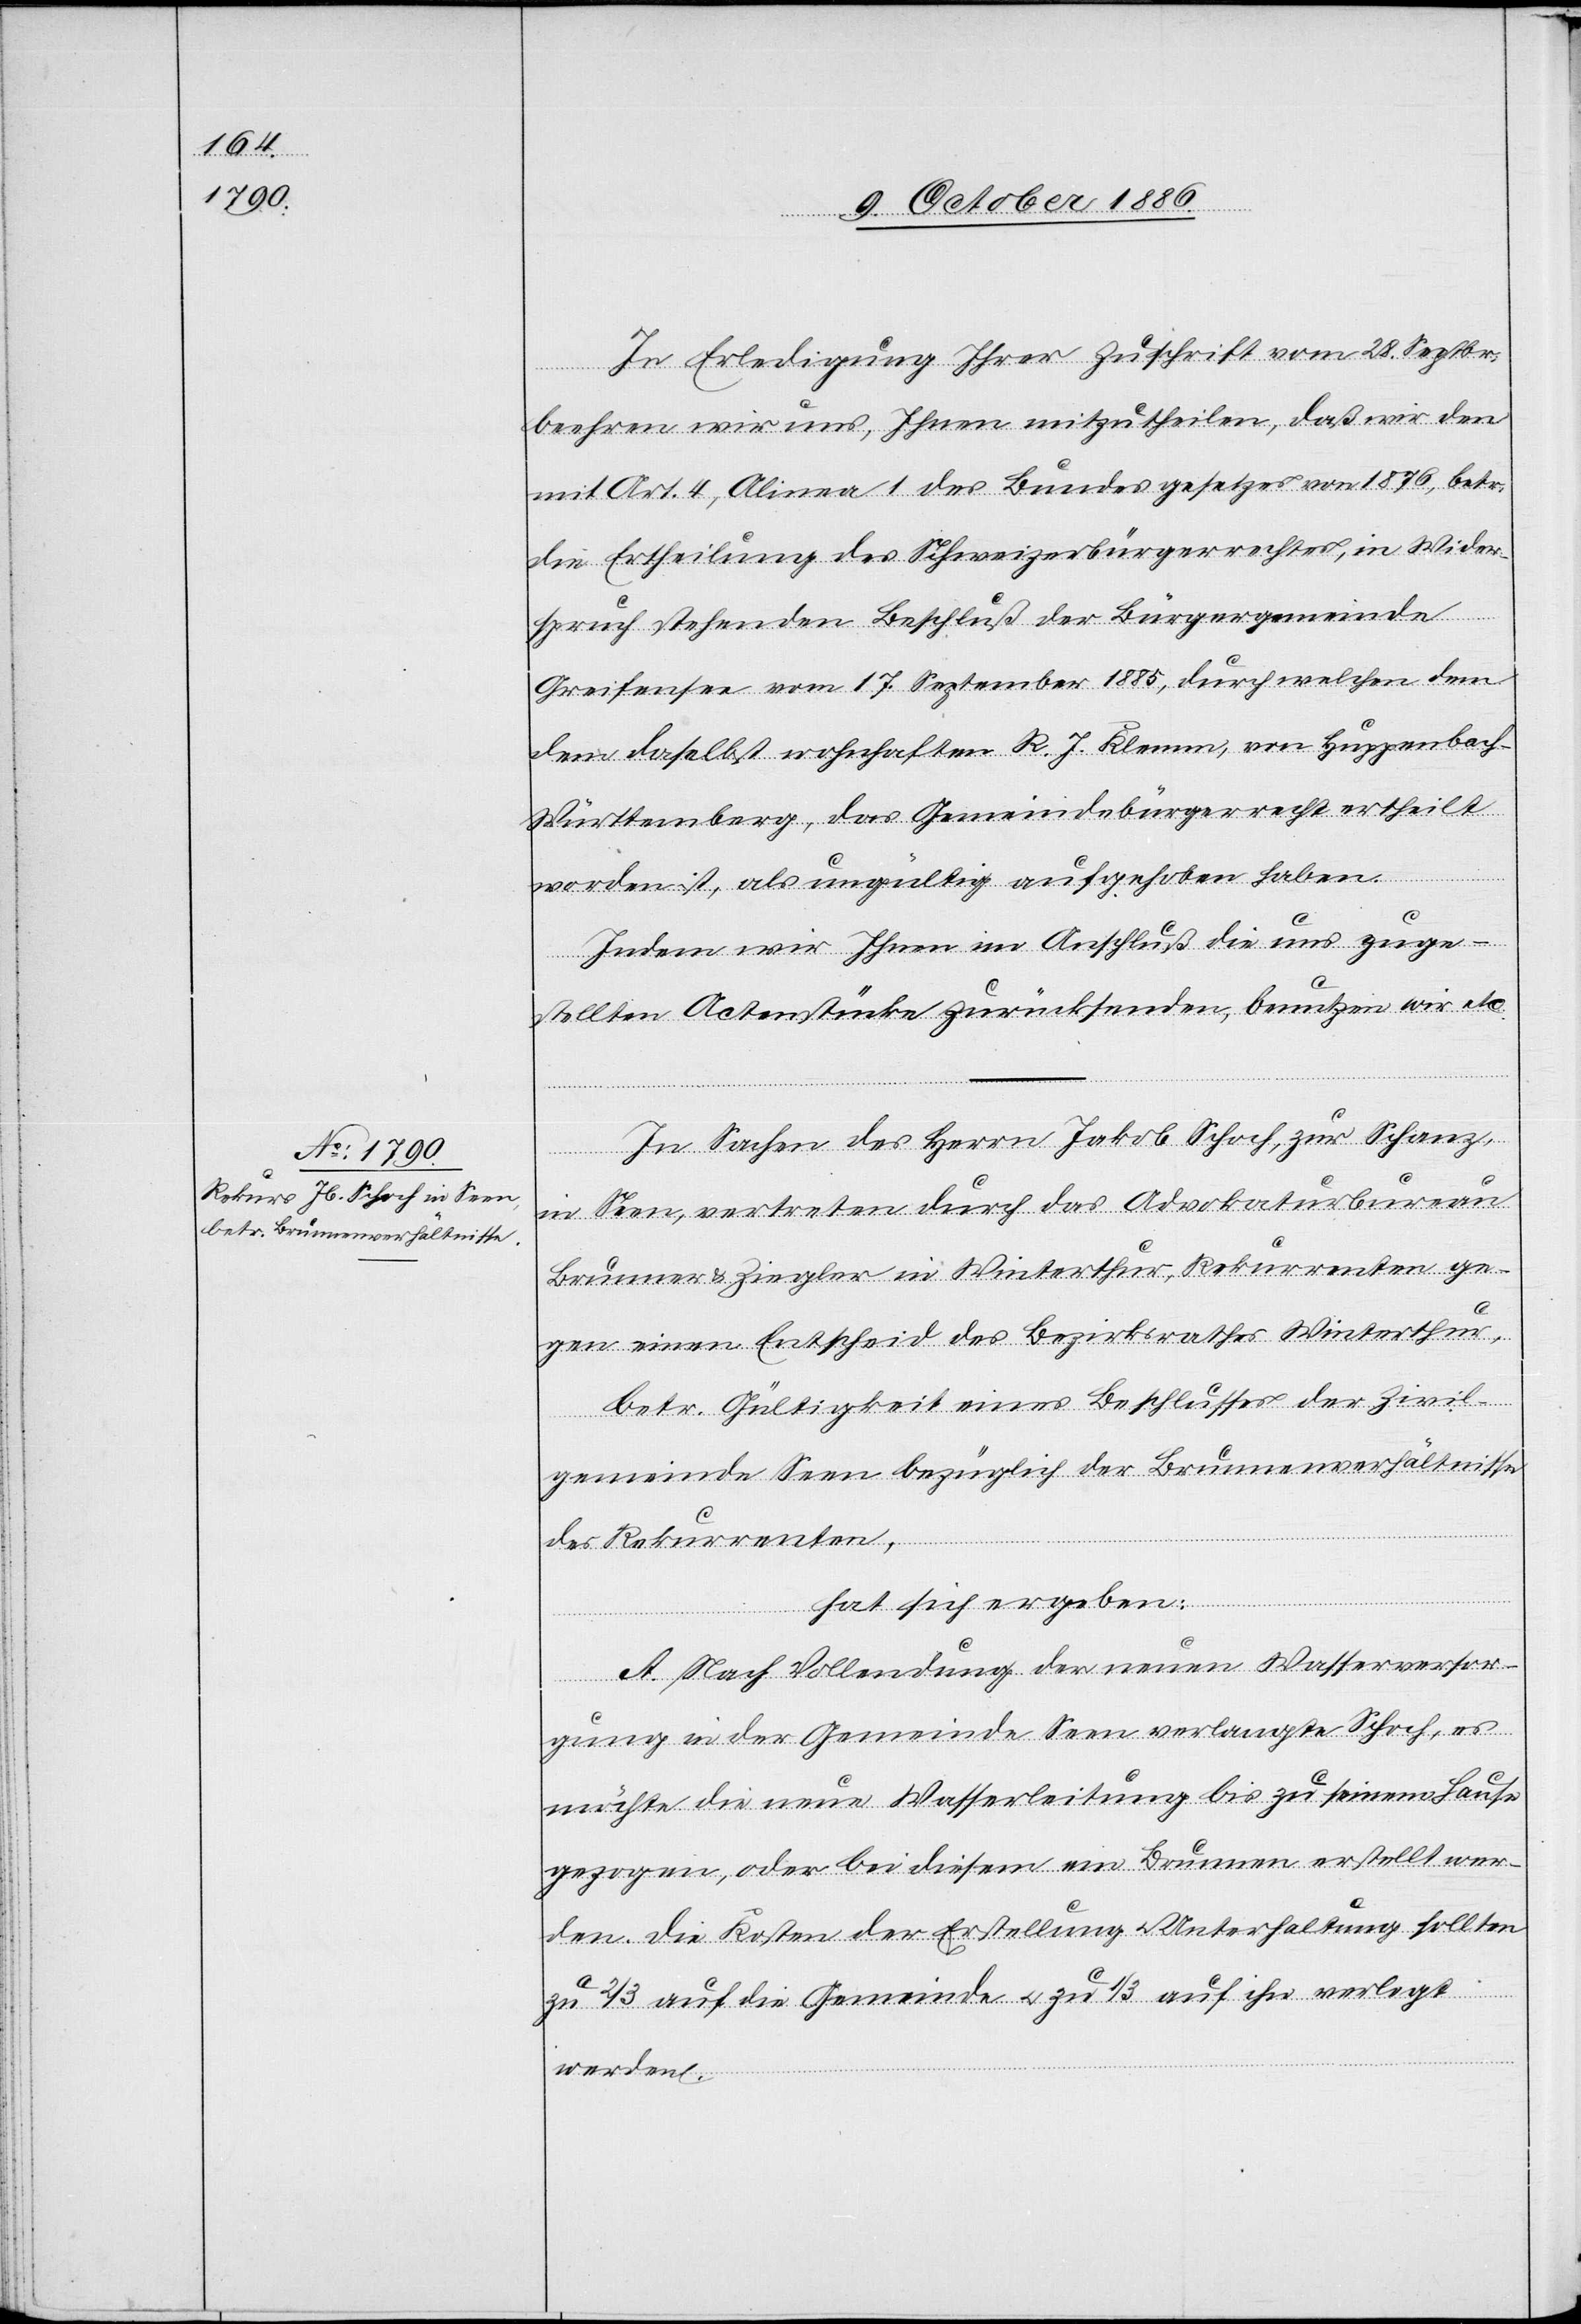
In Erledigung Ihrer Zuschrift vom 28. Septbr.
beehren wir uns, Ihnen mitzutheilen, daß wir den
mit Art. 4, Alinea 1 des Bundesgesetzes von 1876, betr.
die Ertheilung des Schweizerbürgerrechtes, in Wider¬
spruch stehenden Beschluß der Bürgergemeinde
Greifensee vom 17. September 1885, durch welchen dem
daselbst wohnhaften R. J. Klemm, von Huppenbach
Württemberg, das Gemeindebürgerrecht ertheilt
worden ist, als ungültig aufgehoben haben.
Indem wir Ihnen im Anschluß die uns zuge¬
stellten Actenstücke zurücksenden, benutzen wir etc.
In Sachen des Herrn Jakob Schoch, zur Schanz,
in Seen, vertreten durch das Advokaturbureau
Brunner & Ziegler in Winterthur, Rekurrenten ge¬
gen einen Entscheid des Bezirksrathes Winterthur,
betr. Gültigkeit eines Beschlusses der Zivil¬
gemeinde Seen bezüglich der Brunnenverhältnisse
dem
des Rekurrenten,
hat sich ergeben:
A. Nach Vollendung der neuen Wasserversor¬
gung in der Gemeinde Seen verlangte Schoch, es
möchte die neue Wasserleitung bis zu seinem Hause
gezogen, oder bei diesem ein Brunnen erstellt wer¬
den. Die Kosten der Erstellung & Unterhaltung sollten
zu 2/3 auf die Gemeinde & zu 1/3 auf ihn verlegt
werden.